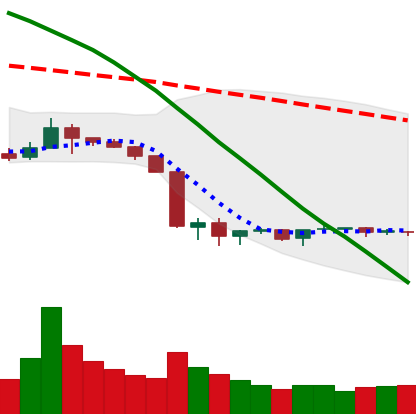
Ticker: BNB-USD
Chart end date: 2019-10-05
Forward return: 11.75%
Label: up_7plus